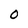
Character: 0